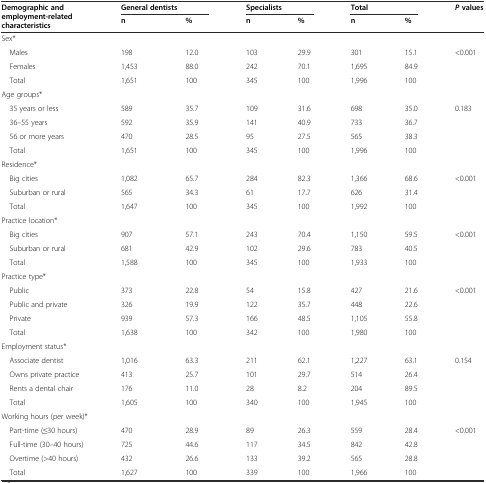
<table><thead><tr><td rowspan="2"><b>Demographic and employment-related characteristics</b></td><td colspan="2"><b>General dentists</b></td><td colspan="2"><b>Specialists</b></td><td colspan="2"><b>Total</b></td><td rowspan="2"><b><i>P</i>values</b></td></tr><tr><td><b>n</b></td><td><b>%</b></td><td><b>n</b></td><td><b>%</b></td><td><b>n</b></td><td><b>%</b></td></tr></thead><tbody><tr><td colspan="8">Sex*</td></tr><tr><td> Males</td><td>198</td><td>12.0</td><td>103</td><td>29.9</td><td>301</td><td>15.1</td><td rowspan="3">&lt;0.001</td></tr><tr><td> Females</td><td>1,453</td><td>88.0</td><td>242</td><td>70.1</td><td>1,695</td><td>84.9</td></tr><tr><td> Total</td><td>1,651</td><td>100</td><td>345</td><td>100</td><td>1,996</td><td>100</td></tr><tr><td colspan="8">Age groups*</td></tr><tr><td> 35 years or less</td><td>589</td><td>35.7</td><td>109</td><td>31.6</td><td>698</td><td>35.0</td><td rowspan="4">0.183</td></tr><tr><td> 36–55 years</td><td>592</td><td>35.9</td><td>141</td><td>40.9</td><td>733</td><td>36.7</td></tr><tr><td> 56 or more years</td><td>470</td><td>28.5</td><td>95</td><td>27.5</td><td>565</td><td>38.3</td></tr><tr><td> Total</td><td>1,651</td><td>100</td><td>345</td><td>100</td><td>1,996</td><td>100</td></tr><tr><td colspan="8">Residence*</td></tr><tr><td> Big cities</td><td>1,082</td><td>65.7</td><td>284</td><td>82.3</td><td>1,366</td><td>68.6</td><td rowspan="3">&lt;0.001</td></tr><tr><td> Suburban or rural</td><td>565</td><td>34.3</td><td>61</td><td>17.7</td><td>626</td><td>31.4</td></tr><tr><td> Total</td><td>1,647</td><td>100</td><td>345</td><td>100</td><td>1,992</td><td>100</td></tr><tr><td colspan="8">Practice location*</td></tr><tr><td> Big cities</td><td>907</td><td>57.1</td><td>243</td><td>70.4</td><td>1,150</td><td>59.5</td><td rowspan="3">&lt;0.001</td></tr><tr><td> Suburban or rural</td><td>681</td><td>42.9</td><td>102</td><td>29.6</td><td>783</td><td>40.5</td></tr><tr><td> Total</td><td>1,588</td><td>100</td><td>345</td><td>100</td><td>1,933</td><td>100</td></tr><tr><td colspan="8">Practice type*</td></tr><tr><td> Public</td><td>373</td><td>22.8</td><td>54</td><td>15.8</td><td>427</td><td>21.6</td><td rowspan="4">&lt;0.001</td></tr><tr><td> Public and private</td><td>326</td><td>19.9</td><td>122</td><td>35.7</td><td>448</td><td>22.6</td></tr><tr><td> Private</td><td>939</td><td>57.3</td><td>166</td><td>48.5</td><td>1,105</td><td>55.8</td></tr><tr><td> Total</td><td>1,638</td><td>100</td><td>342</td><td>100</td><td>1,980</td><td>100</td></tr><tr><td colspan="8">Employment status*</td></tr><tr><td> Associate dentist</td><td>1,016</td><td>63.3</td><td>211</td><td>62.1</td><td>1,227</td><td>63.1</td><td rowspan="4">0.154</td></tr><tr><td> Owns private practice</td><td>413</td><td>25.7</td><td>101</td><td>29.7</td><td>514</td><td>26.4</td></tr><tr><td> Rents a dental chair</td><td>176</td><td>11.0</td><td>28</td><td>8.2</td><td>204</td><td>89.5</td></tr><tr><td> Total</td><td>1,605</td><td>100</td><td>340</td><td>100</td><td>1,945</td><td>100</td></tr><tr><td colspan="8">Working hours (per week)*</td></tr><tr><td> Part-time (≤30 hours)</td><td>470</td><td>28.9</td><td>89</td><td>26.3</td><td>559</td><td>28.4</td><td rowspan="4">&lt;0.001</td></tr><tr><td> Full-time (30–40 hours)</td><td>725</td><td>44.6</td><td>117</td><td>34.5</td><td>842</td><td>42.8</td></tr><tr><td> Overtime (&gt;40 hours)</td><td>432</td><td>26.6</td><td>133</td><td>39.2</td><td>565</td><td>28.8</td></tr><tr><td> Total</td><td>1,627</td><td>100</td><td>339</td><td>100</td><td>1,966</td><td>100</td></tr></tbody></table>